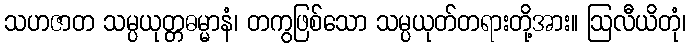
သဟဇာတ သမ္ပယုတ္တဓမ္မာနံ၊ တကွဖြစ်သော သမ္ပယုတ်တရားတို့အား။ ဩလီယိတုံ၊